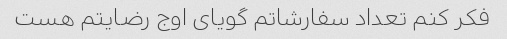
فکر کنم تعداد سفارشاتم گویای اوج رضایتم هست